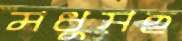
মধুসহ